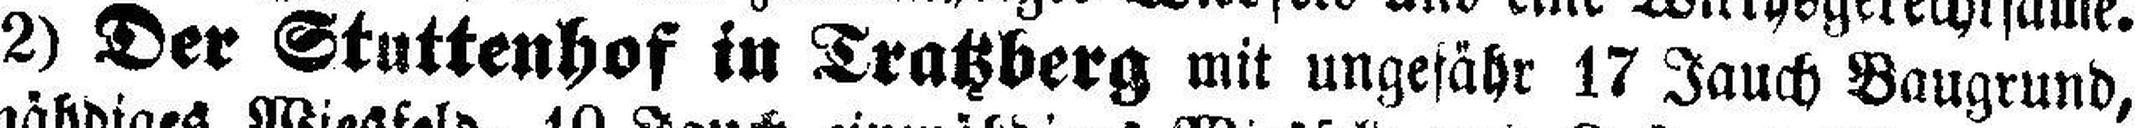
2) Der Stuttenhof in Tratzberg mit ungefähr 17 Jauch Baugrund,